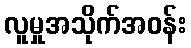
လူမှုအသိုက်အဝန်း